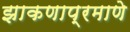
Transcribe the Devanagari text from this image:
झाकणाप्रमाणे